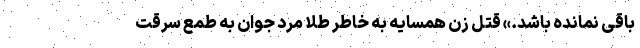
باقی نمانده باشد.» قتل زن همسایه به خاطر طلا مرد جوان به طمع سرقت